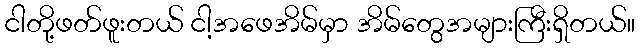
ငါတို့ဖတ်ဖူးတယ် ငါ့အဖေအိမ်မှာ အိမ်တွေအများကြီးရှိတယ်။